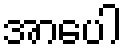
အာပေါ